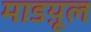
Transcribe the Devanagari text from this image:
माडय़ूल